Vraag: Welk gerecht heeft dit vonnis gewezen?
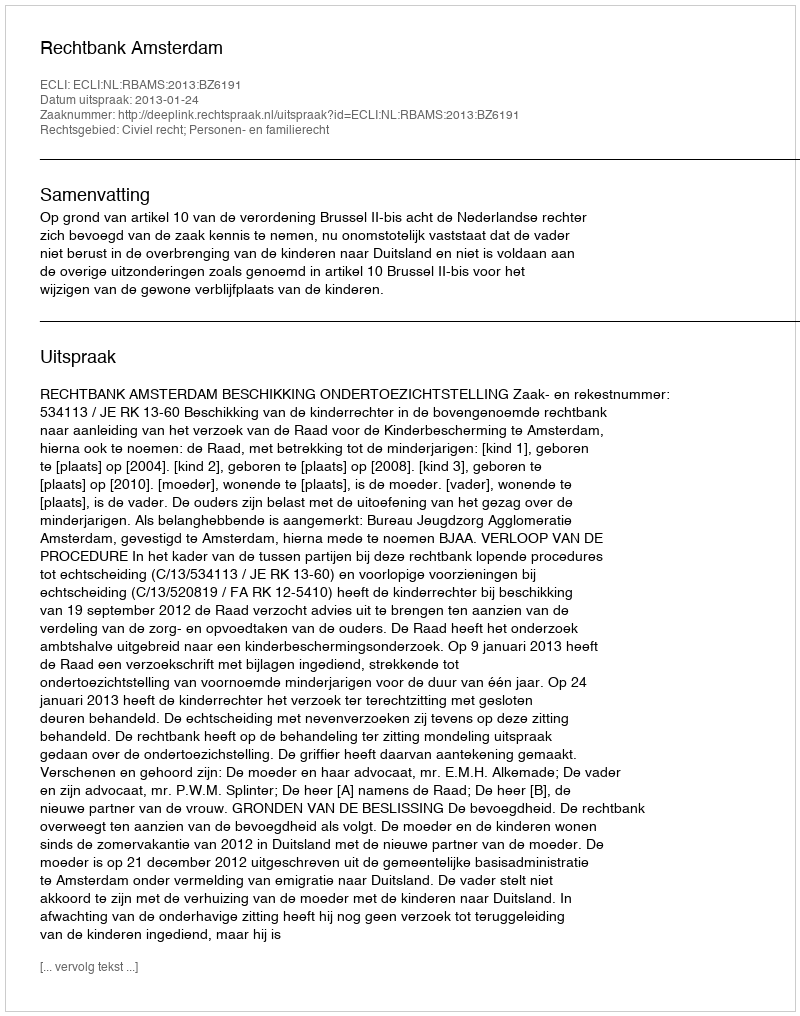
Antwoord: Rechtbank Amsterdam